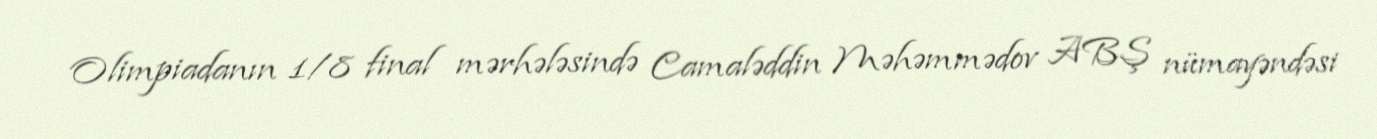
Olimpiadanın 1/8 final mərhələsində Camaləddin Məhəmmədov ABŞ nümayəndəsi